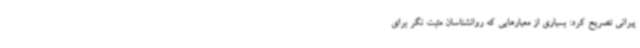
پیرانی تصریح کرد: بسیاری از معیارهایی که روانشناسان مثبت نگر برای